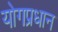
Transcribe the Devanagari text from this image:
योगप्रधान